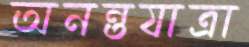
অনন্তযাত্রা